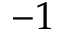
- 1